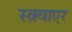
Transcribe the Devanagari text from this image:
स्क़्वाएर